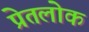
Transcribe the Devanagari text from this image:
प्रेतलोक